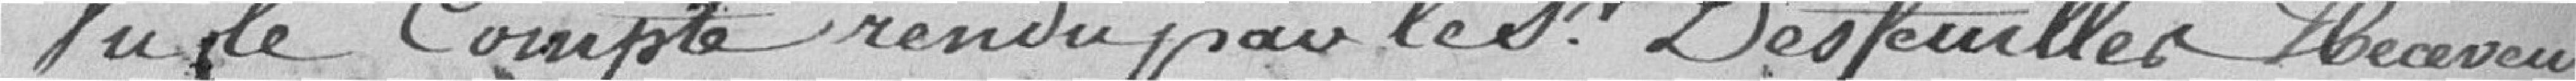
Vu le compte rendu pour les Desfeuiller Receveur